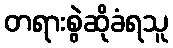
တရားစွဲဆိုခံရသူ